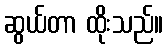
ဆွယ်တာ ထိုးသည်။